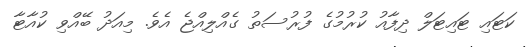
ކަޓައި ޓައިޓަލް ދިފާއު ކުރުމުގެ ފުރުސަތު ގެއްލިއްޖެ އެވެ. މިއަދު ބޭއްވި ކުއާޓާ